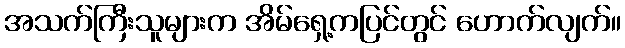
အသက်ကြီးသူများက အိမ်ရှေ့ကပြင်တွင် ဟောက်လျက်။